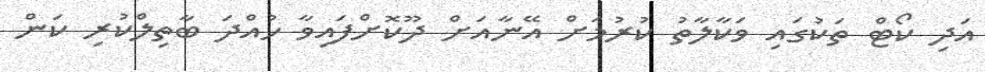
އަދި ކޯޓް ތަކުގައި ވަކާލާތު ކުރުމަށް އޭނާއަށް ދޫކޮށްފައިވާ ހުއްދަ ބާތިލްކުރި ކަން